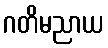
ဂတိမညာယ